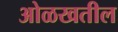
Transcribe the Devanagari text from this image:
ओळखतील